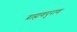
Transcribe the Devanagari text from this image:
ब्राह्मणपुराण